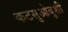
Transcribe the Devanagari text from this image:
कटसुओबुशी